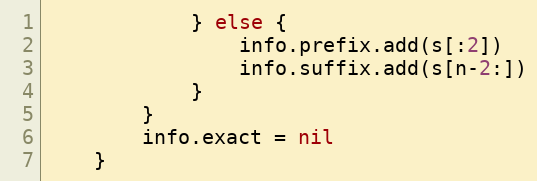
Language: Go
			} else {
				info.prefix.add(s[:2])
				info.suffix.add(s[n-2:])
			}
		}
		info.exact = nil
	}